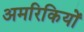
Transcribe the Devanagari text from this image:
अमरिकियों